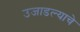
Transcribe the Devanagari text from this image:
उजाडल्याचे